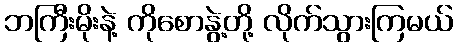
ဘကြီးမိုးနဲ့ ကိုစောနွဲ့တို့ လိုက်သွားကြမယ်